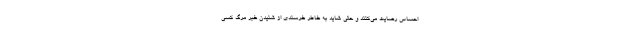
احساس رضایت می‌کنند و حتی شاید به خاطر خرسندی از شنیدن خبر مرگ کسی